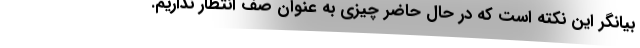
بیانگر این نکته است که در حال حاضر چیزی به عنوان صف انتظار نداریم.